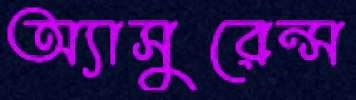
অ্যাসুরেন্স